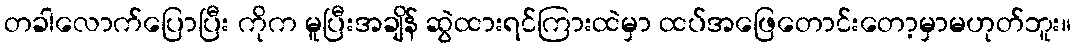
တခါလောက်ပြောပြီး ကိုက မူပြီးအချိန် ဆွဲထားရင်ကြားထဲမှာ ထပ်အဖြေတောင်းတော့မှာမဟုတ်ဘူး။